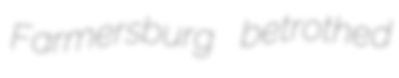
Farmersburg betrothed